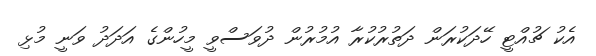
އެކު ޗުއްޓީ ހޭދަކުރަން ދަތުރުކުރާ އުމުރުން ދުވަސްވީ މީހުންގެ އަދަދު ވަނީ މުޅި